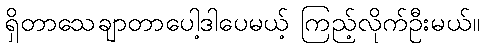
ရှိတာသေချာတာပေါ့ဒါပေမယ့် ကြည့်လိုက်ဦးမယ်။